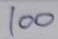
100